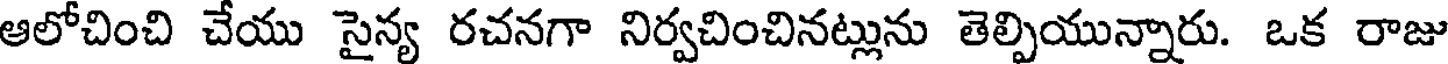
ఆలోచించి చేయు సైన్య రచనగా నిర్వచించినట్లును తెల్పియున్నారు. ఒక రాజు